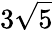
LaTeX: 3\sqrt{5}